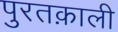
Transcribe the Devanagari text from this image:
पुरतक़ाली